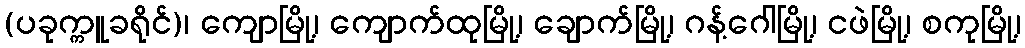
(ပခုက္ကူခရိုင်)၊ ကျောမြို့၊ ကျောက်ထုမြို့၊ ချောက်မြို့၊ ဂန့်ဂေါမြို့၊ ငဖဲမြို့၊ စကုမြို့၊